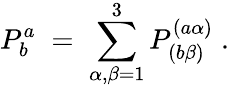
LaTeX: P_{b}^{a}\; =\; \sum_{\alpha,\beta=1}^{3}P_{(b\beta)}^{(a\alpha)}\; .